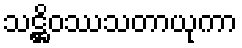
သဋ္ဌိဝဿသတာယုကာ